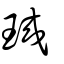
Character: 珹